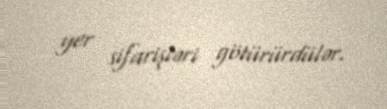
yer sifarişləri götürürdülər.